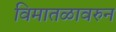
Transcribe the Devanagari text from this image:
विमातळावरुन